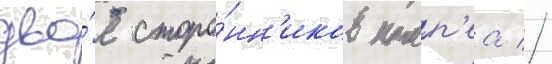
дво́е сторо́нн'иков помп'еа //